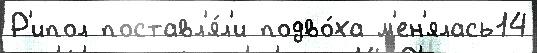
Р'ипол поставл'я́л'и подво́ха м'ен'ялась14